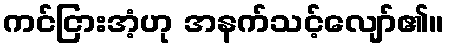
ကင်ငြားအံ့ဟု အနက်သင့်လျော်၏။